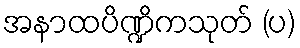
အနာထပိဏ္ဍိကသုတ် (ပ)